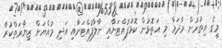
މީގެ އިތުރުން މާދަމާ މި އަތޮޅުން ކޮޅުފުއްޓަށާއި ނާލާފުއްޓަށާއި އަދި މުއްޔަށް ޒިޔާރަތްކުރާ